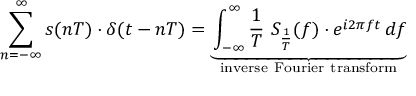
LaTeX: \sum _ { n = - \infty } ^ { \infty } s ( n T ) \cdot \delta ( t - n T ) = \underbrace { \int _ { - \infty } ^ { \infty } { \frac { 1 } { T } } \ S _ { \frac { 1 } { T } } ( f ) \cdot e ^ { i 2 \pi f t } \, d f } _ { \mathrm { i n v e r s e ~ F o u r i e r ~ t r a n s f o r m } }